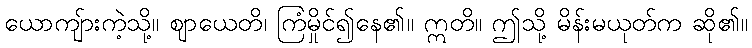
ယောကျ်ားကဲ့သို့။ ဈာယေတိ၊ ကြံမှိုင်၍နေ၏။ ဣတိ။ ဤသို့ မိန်းမယုတ်က ဆို၏။